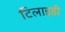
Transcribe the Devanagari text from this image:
टिलाइडी